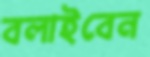
বলাইবেন